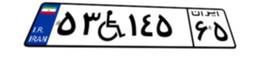
۵۳W۱۴۵۶۵